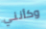
وكأنني